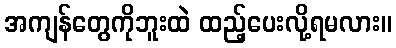
အကျန်တွေကိုဘူးထဲ ထည့်ပေးလို့ရမလား။